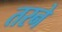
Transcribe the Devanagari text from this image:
तरने